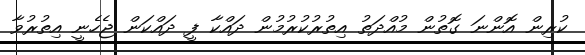
ކުރިން އޮންނަ ގޮތުން މުއްދަތު އިތުރުކުރުމުން ދައްކާ ފީ ދައްކަން ޖެހެނީ އިތުރުވާ